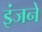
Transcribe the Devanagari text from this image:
इंजनें